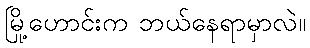
မြို့ဟောင်းက ဘယ်နေရာမှာလဲ။